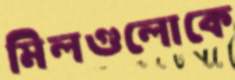
মিলগুলোকে